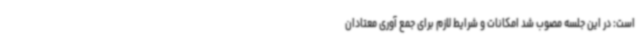
است: در این جلسه مصوب شد امکانات و شرایط لازم برای جمع آوری معتادان